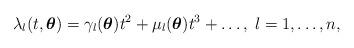
LaTeX: \begin{align*}\lambda_l(t, \boldsymbol{\theta}) = \gamma_l (\boldsymbol{\theta}) t^2 + \mu_l (\boldsymbol{\theta}) t^3 + \ldots,\; l = 1, \ldots, n,\end{align*}